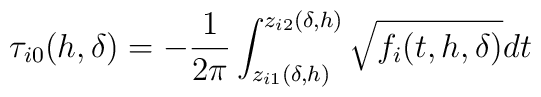
\tau_{i0}(h,\delta)=-\frac{1}{2\pi}\int_{z_{i1}(\delta,h)}^{z_{i2}(\delta,h)}\sqrt{f_{i}(t,h,\delta)}dt